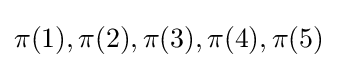
\pi (1),\pi (2),\pi (3),\pi (4),\pi (5)